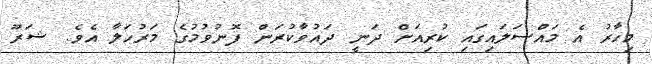
މިހާރު އެ މައްސަލައިގައި ކުރިއަށް ދަނީ ދައުވާކުރަން ފޮނުވުމުގެ މަރުހަލާ އެވެ. ޝަރޫ